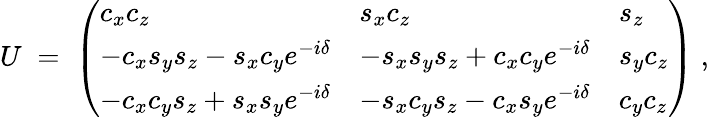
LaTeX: U\; =\; \left(\begin{array}{lll}{{c_{x}c_{z}}}&{{s_{x}c_{z}}}&{{s_{z}}}\\ {{-c_{x}s_{y}s_{z}-s_{x}c_{y}e^{-i\delta}}}&{{-s_{x}s_{y}s_{z}+c_{x}c_{y}e^{-i\delta}}}&{{s_{y}c_{z}}}\\ {{-c_{x}c_{y}s_{z}+s_{x}s_{y}e^{-i\delta}}}&{{-s_{x}c_{y}s_{z}-c_{x}s_{y}e^{-i\delta}}}&{{c_{y}c_{z}}}\end{array}\right)\; ,